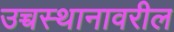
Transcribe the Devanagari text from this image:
उच्चस्थानावरील